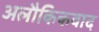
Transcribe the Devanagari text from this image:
अलौकिकवाद